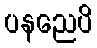
ပနညေပိ